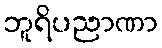
ဘူရိပညာဏာ